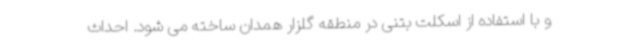
و با استفاده از اسکلت بتنی در منطقه گلزار همدان ساخته می شود. احداث